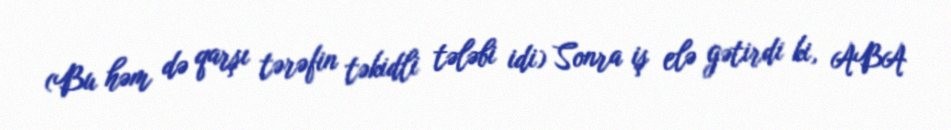
(Bu həm də qarşı tərəfin təkidli tələbi idi) Sonra iş elə gətirdi ki, ABA